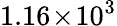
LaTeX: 1.16\! \times\! 10^{3}